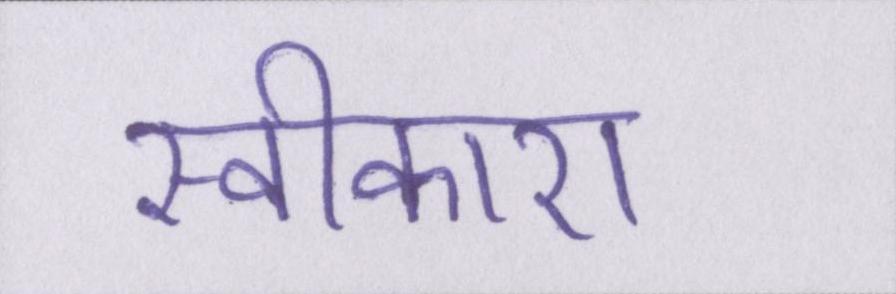
स्वीकारा